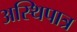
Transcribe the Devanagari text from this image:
अस्थिपात्र